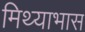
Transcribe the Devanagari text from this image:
मिथ्याभास